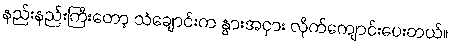
နည်းနည်းကြီးတော့ သံချောင်းက နွားအငှား လိုက်ကျောင်းပေးတယ်။